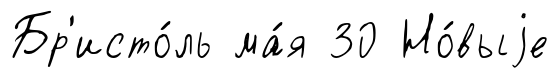
Бр'исто́ль ма́я 30 Но́выjе